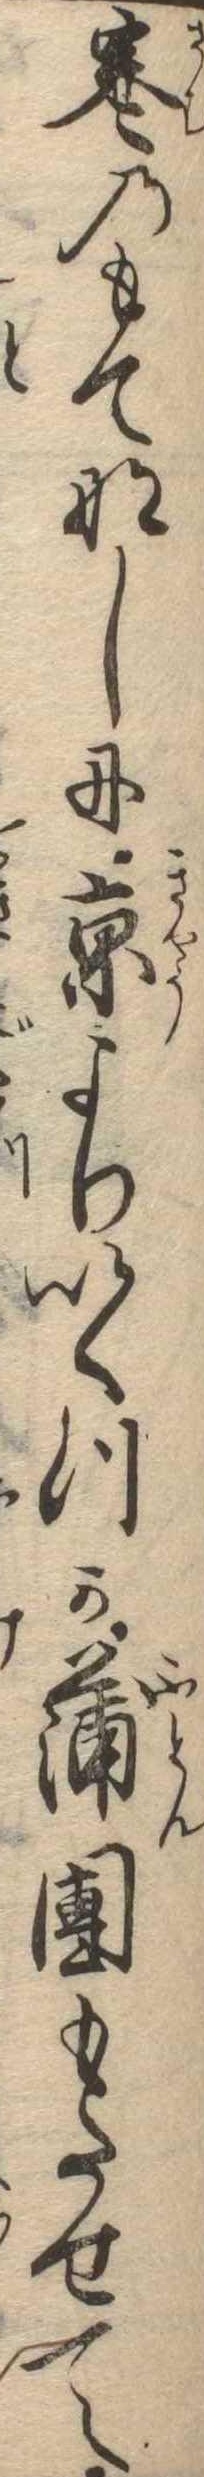
寒のもてなしに京よりいくつか蒲団もたせて